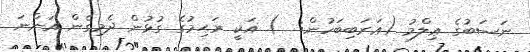
ނަސަބުގެ ޢިލްމު (ޢަރަބިބަހުން:  ) އަކީ ރަޙިމުގެ ގުޅުން ދެމިގެން އަންނަ